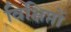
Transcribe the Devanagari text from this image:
विक्षिप्तों